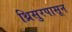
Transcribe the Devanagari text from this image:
थ्रिसुरपासून